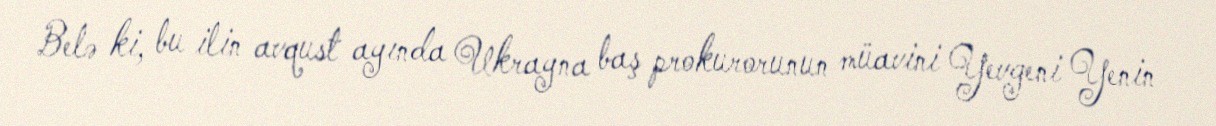
Belə ki, bu ilin avqust ayında Ukrayna baş prokurorunun müavini Yevgeni Yenin